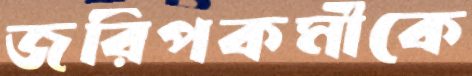
জরিপকর্মীকে